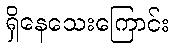
ရှိနေသေးကြောင်း